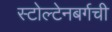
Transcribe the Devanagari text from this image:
स्टोल्टेनबर्गची